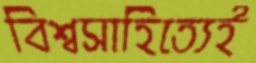
বিশ্বসাহিত্যেই